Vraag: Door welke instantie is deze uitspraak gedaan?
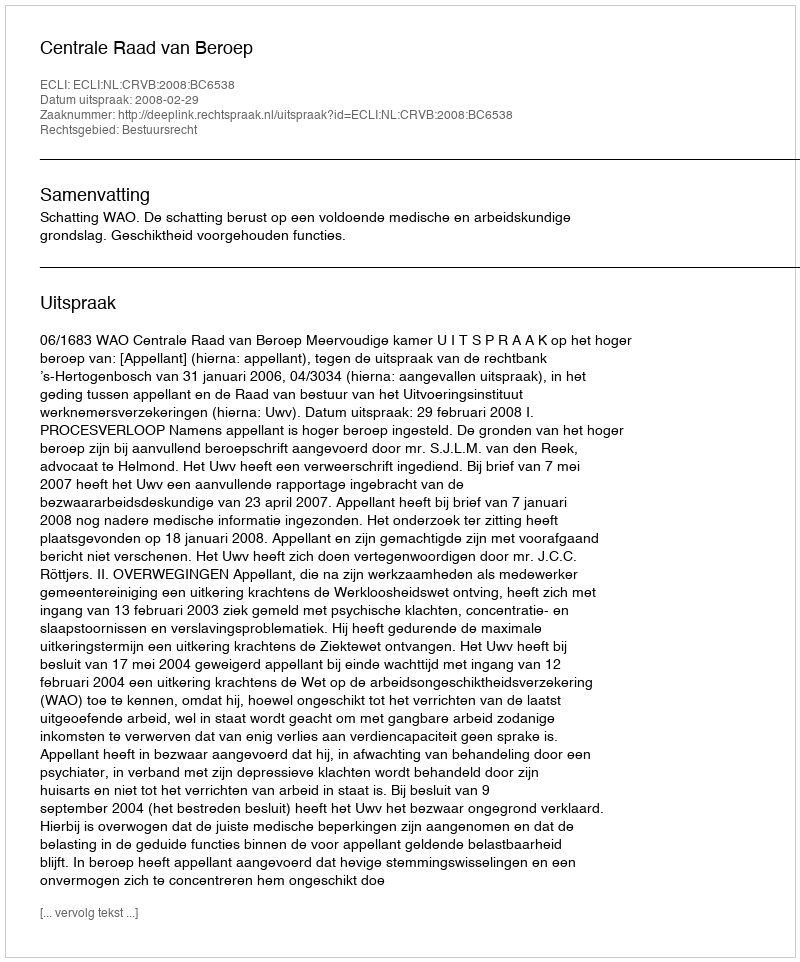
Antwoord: Centrale Raad van Beroep